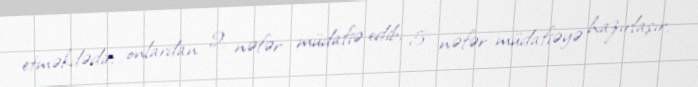
etməkdədir; onlardan 2 nəfər müdafiə edib, 5 nəfər müdafiəyə hazırlaşır.